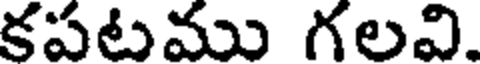
కపటము గలవి.